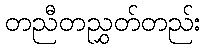
တညီတညွှတ်တည်း